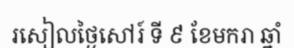
រសៀលថ្ងៃសៅរ៍ ទី ៩ ខែមករា ឆ្នាំ